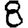
Digit: 8